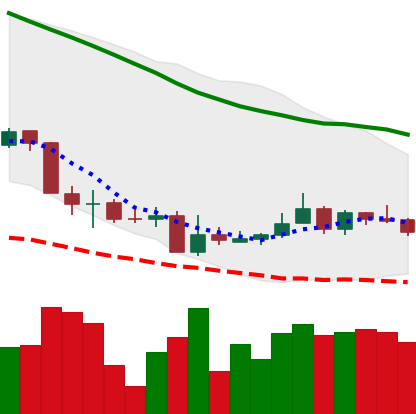
Ticker: XMR-USD
Chart end date: 2018-06-08
Forward return: -23.219%
Label: down_7plus